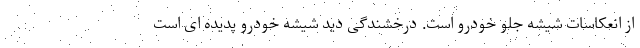
از انعکاسات شیشه جلو خودرو است. درخشندگی دید شیشه خودرو پدیده ای است